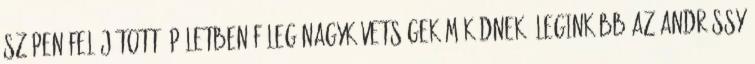
szépen felújított épületben főleg nagykövetségek működnek. Leginkább az Andrássy